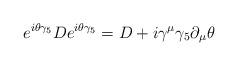
LaTeX: \begin{align*}e^{i\theta \gamma _{5}}De^{i\theta \gamma _{5}}=D+i\gamma ^{\mu }\gamma_{5}\partial _{\mu }\theta\end{align*}